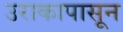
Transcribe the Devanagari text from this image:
उराकापासून